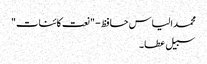
محمد الیاس حافظ - "نعت کائنات"
سبیل عطا ۔